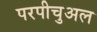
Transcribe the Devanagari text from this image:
परपीचुअल